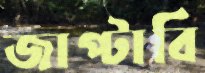
জাপ্‌টাবি